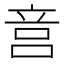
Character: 𥩶